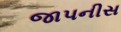
જાપનીસ